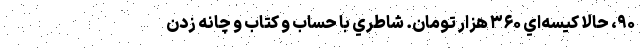
۹۰، حالا كيسه‌اي ۳۶۰ هزار تومان. شاطري با حساب و كتاب و چانه ‌زدن